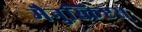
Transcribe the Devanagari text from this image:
मैनुस्क्रिप्टस्‌